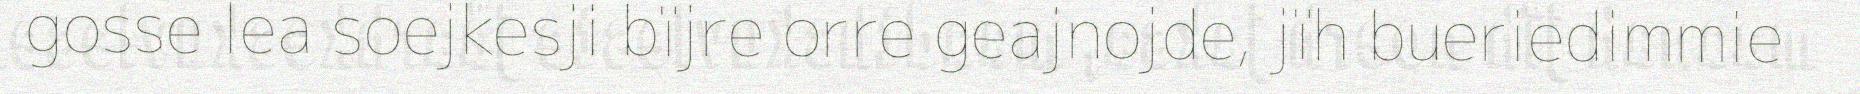
gosse lea soejkesji bïjre orre geajnojde, jïh bueriedimmie